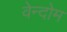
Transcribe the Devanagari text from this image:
वेन्दोम